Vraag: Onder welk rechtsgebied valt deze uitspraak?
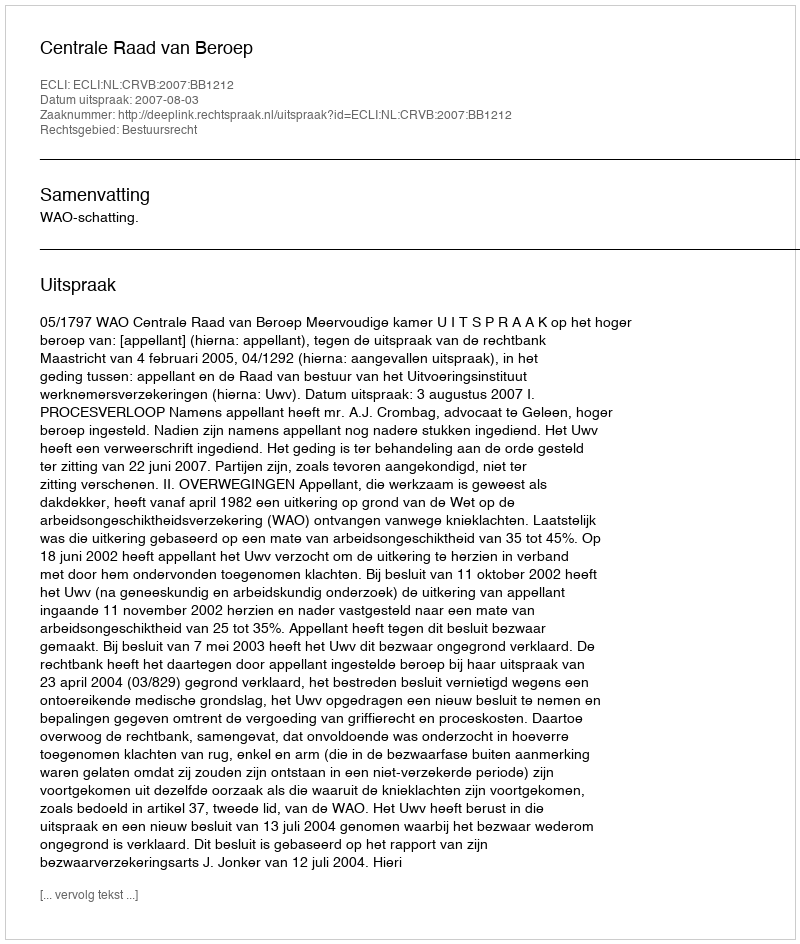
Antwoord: Bestuursrecht